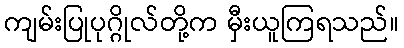
ကျမ်းပြုပုဂ္ဂိုလ်တို့က မှီးယူကြရသည်။